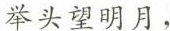
举头望明月，